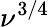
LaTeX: \nu^{3/4}